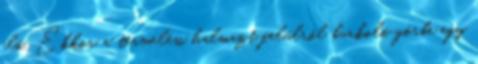
elő. Ekkor a termelési halmazt felülről burkoló görbe egy